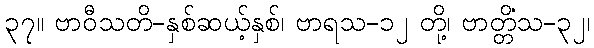
၃၇။ ဗာဝီသတိ-နှစ်ဆယ့်နှစ်၊ ဗာရသ-၁၂ တို့၊ ဗာတ္တိံသ-၃၂၊